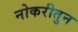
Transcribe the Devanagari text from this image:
नोकरीतुन